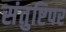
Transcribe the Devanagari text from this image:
संतुष्टिपर